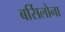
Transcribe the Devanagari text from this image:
बर्सिलोना